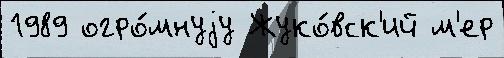
1989 огро́мнуjу Жуко́вск'ий м'ер